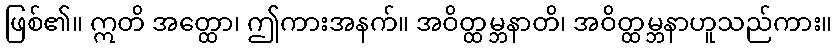
ဖြစ်၏။ ဣတိ အတ္ထော၊ ဤကားအနက်။ အဝိတ္ထမ္ဘနာတိ၊ အဝိတ္ထမ္ဘနာဟူသည်ကား။